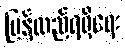
ပြန်လည်ရရှိရေး